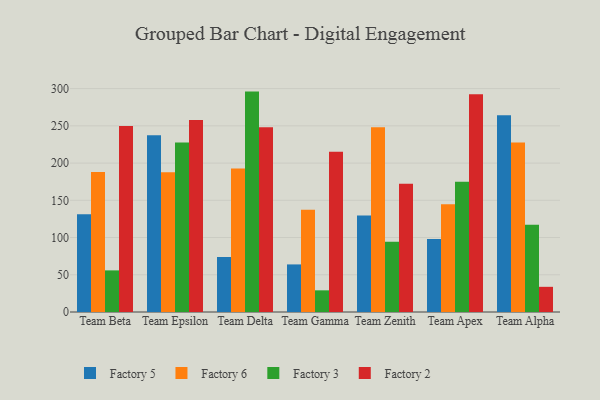
{"axis": {"x": "Team", "y": "Conversion Rate (%)"}, "legend": ["Factory 2", "Factory 3", "Factory 5", "Factory 6"], "data": [{"x": "Team Beta", "y": 131.2, "type": "Factory 5"}, {"x": "Team Beta", "y": 188.0, "type": "Factory 6"}, {"x": "Team Beta", "y": 55.9, "type": "Factory 3"}, {"x": "Team Beta", "y": 249.8, "type": "Factory 2"}, {"x": "Team Epsilon", "y": 237.4, "type": "Factory 5"}, {"x": "Team Epsilon", "y": 187.6, "type": "Factory 6"}, {"x": "Team Epsilon", "y": 227.5, "type": "Factory 3"}, {"x": "Team Epsilon", "y": 257.7, "type": "Factory 2"}, {"x": "Team Delta", "y": 73.9, "type": "Factory 5"}, {"x": "Team Delta", "y": 192.7, "type": "Factory 6"}, {"x": "Team Delta", "y": 296.0, "type": "Factory 3"}, {"x": "Team Delta", "y": 248.1, "type": "Factory 2"}, {"x": "Team Gamma", "y": 63.9, "type": "Factory 5"}, {"x": "Team Gamma", "y": 137.4, "type": "Factory 6"}, {"x": "Team Gamma", "y": 29.1, "type": "Factory 3"}, {"x": "Team Gamma", "y": 215.1, "type": "Factory 2"}, {"x": "Team Zenith", "y": 129.6, "type": "Factory 5"}, {"x": "Team Zenith", "y": 248.2, "type": "Factory 6"}, {"x": "Team Zenith", "y": 94.2, "type": "Factory 3"}, {"x": "Team Zenith", "y": 172.4, "type": "Factory 2"}, {"x": "Team Apex", "y": 98.0, "type": "Factory 5"}, {"x": "Team Apex", "y": 144.6, "type": "Factory 6"}, {"x": "Team Apex", "y": 174.9, "type": "Factory 3"}, {"x": "Team Apex", "y": 292.4, "type": "Factory 2"}, {"x": "Team Alpha", "y": 264.3, "type": "Factory 5"}, {"x": "Team Alpha", "y": 227.5, "type": "Factory 6"}, {"x": "Team Alpha", "y": 117.2, "type": "Factory 3"}, {"x": "Team Alpha", "y": 33.8, "type": "Factory 2"}]}